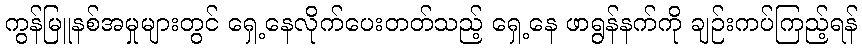
ကွန်မြူနစ်အမှုများတွင် ရှေ့နေလိုက်ပေးတတ်သည့် ရှေ့နေ ဖာရွန်နက်ကို ချဉ်းကပ်ကြည့်ရန်